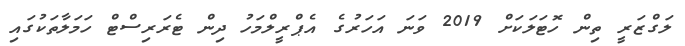
ލަގްޒަރީ ތިން ހޮޓަލަކަށް 2019 ވަނަ އަހަރުގެ އެޕްރީލްމަހު ދިން ޓެރަރިސްޓް ހަމަލާތަކުގައި